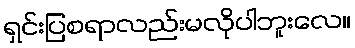
ရှင်းပြစရာလည်းမလိုပါဘူးလေ။